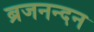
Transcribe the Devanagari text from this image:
ब्रजनन्दन